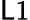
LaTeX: \mathsf{L}1